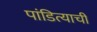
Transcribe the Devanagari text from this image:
पांडित्याची